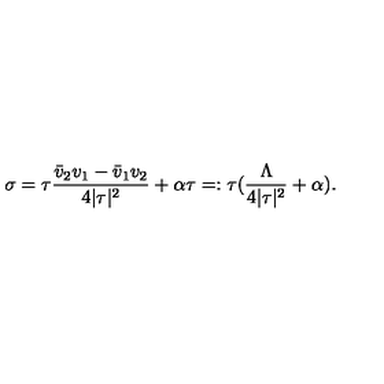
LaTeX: \sigma = \tau \frac { \bar { v } _ { 2 } v _ { 1 } - \bar { v } _ { 1 } v _ { 2 } } { 4 | \tau | ^ { 2 } } + \alpha \tau = : \tau ( \frac { \Lambda } { 4 | \tau | ^ { 2 } } + \alpha ) .